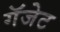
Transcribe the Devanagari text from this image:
गॅजेट